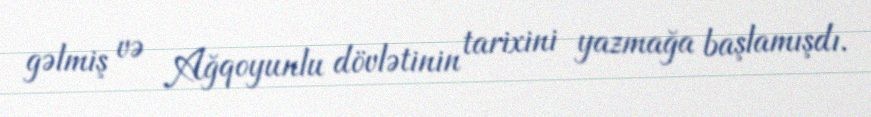
gəlmiş və Ağqoyunlu dövlətinin tarixini yazmağa başlamışdı.